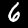
Digit: 6